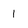
Character: 1